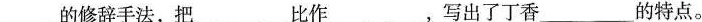
___的修辞手法，把___ 比作___ ，写出了丁香___ 的特点。